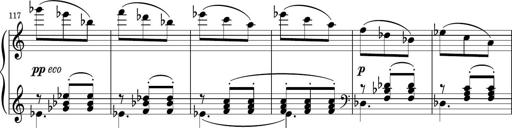
Title: Sonatina PandemÃ³nium
Composer: VÃ­ctor Carbajo
Key: C major